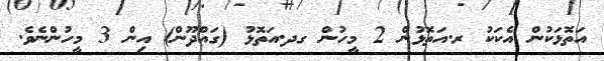
އަތޮޅަކުން އެކަކު ރ.އަތޮޅުން 2 މީހުން ގދ.އަތޮޅު (ގައްދޫން) އިން 3 މީހުންނެވެ.